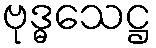
ဗုဒ္ဓသေဋ္ဌ